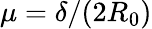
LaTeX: \mu=\delta/(2R_{0})